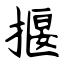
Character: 揠